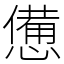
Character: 憊